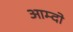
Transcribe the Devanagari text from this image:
आम्दो